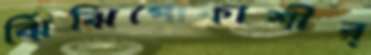
ঝিঁঝিপোকাশীর্